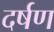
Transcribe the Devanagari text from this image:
दर्षण